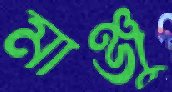
মাঞ্জু